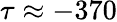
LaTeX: \tau\approx-370